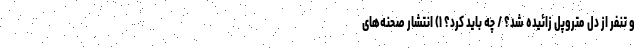
و تنفر از دلِ متروپل زائیده شد؟ / چه باید کرد؟ ۱) انتشار صحنه‌های